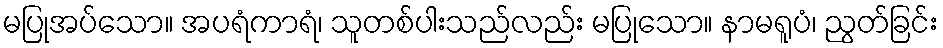
မပြုအပ်သော။ အပရံကာရံ၊ သူတစ်ပါးသည်လည်း မပြုသော။ နာမရူပံ၊ ညွတ်ခြင်း